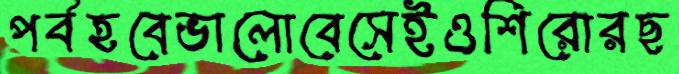
পর্বহবেভালোবেসেইওশিরোরছ